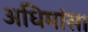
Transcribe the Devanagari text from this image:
अधिमांस।